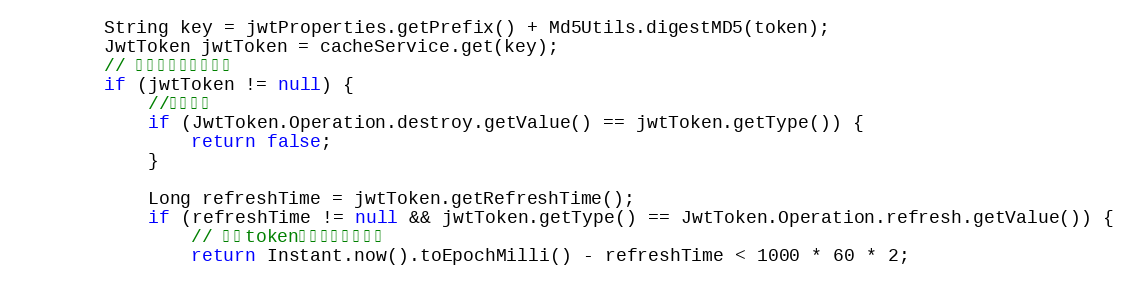
Language: Java
        String key = jwtProperties.getPrefix() + Md5Utils.digestMD5(token);
        JwtToken jwtToken = cacheService.get(key);
        // 判断是否在黑名单中
        if (jwtToken != null) {
            //销毁状态
            if (JwtToken.Operation.destroy.getValue() == jwtToken.getType()) {
                return false;
            }

            Long refreshTime = jwtToken.getRefreshTime();
            if (refreshTime != null && jwtToken.getType() == JwtToken.Operation.refresh.getValue()) {
                // 刷新token二分钟内可以使用
                return Instant.now().toEpochMilli() - refreshTime < 1000 * 60 * 2;